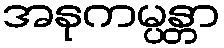
အနုကမ္ပန္တာ